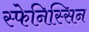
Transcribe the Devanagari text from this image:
स्फेनिस्सिन